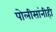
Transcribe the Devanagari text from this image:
पोलीसांनीही